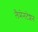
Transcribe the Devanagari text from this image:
लैमेनटेशन